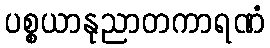
ပစ္စယာနုညာတကာရဏံ